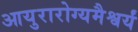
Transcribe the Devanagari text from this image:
आयुरारोग्यमैश्वर्यं